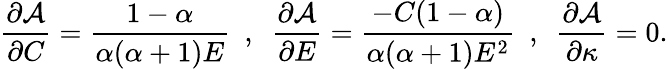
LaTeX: \frac{\partial\mathcal{A}}{\partial C}=\frac{1-\alpha}{\alpha(\alpha+1)E}~~,~~\frac{\partial\mathcal{A}}{\partial E}=\frac{-C(1-\alpha)}{\alpha(\alpha+1)E^{2}}~~,~~\frac{\partial\mathcal{A}}{\partial\kappa}=0.